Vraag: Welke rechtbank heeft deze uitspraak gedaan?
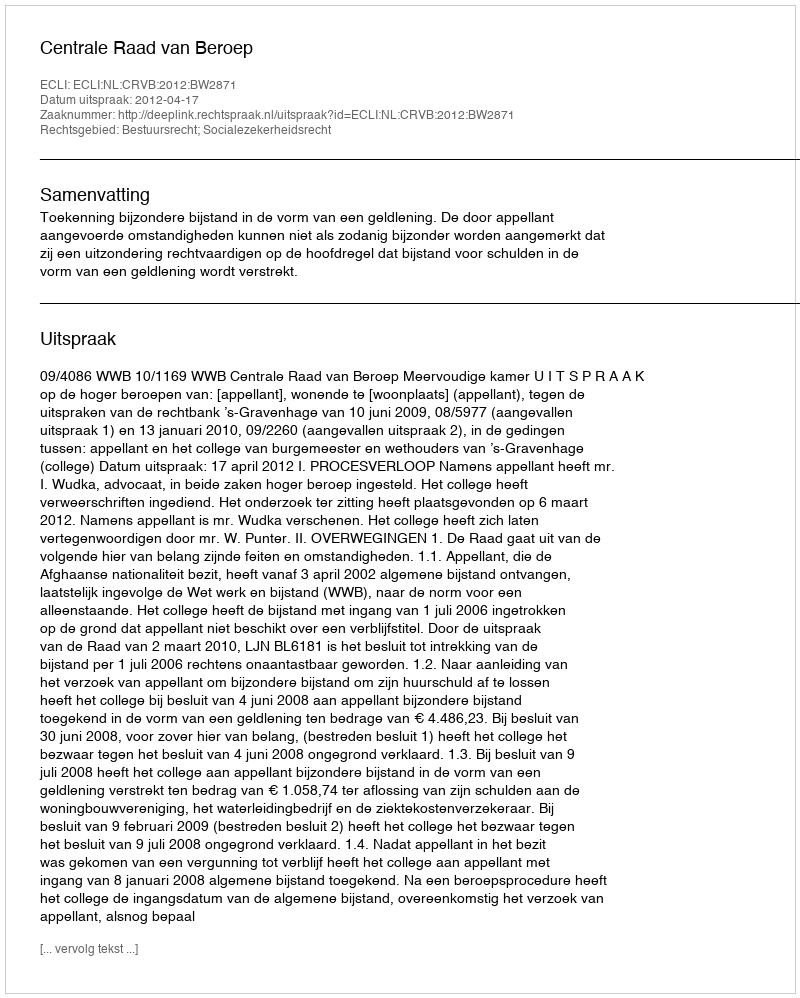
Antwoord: Centrale Raad van Beroep